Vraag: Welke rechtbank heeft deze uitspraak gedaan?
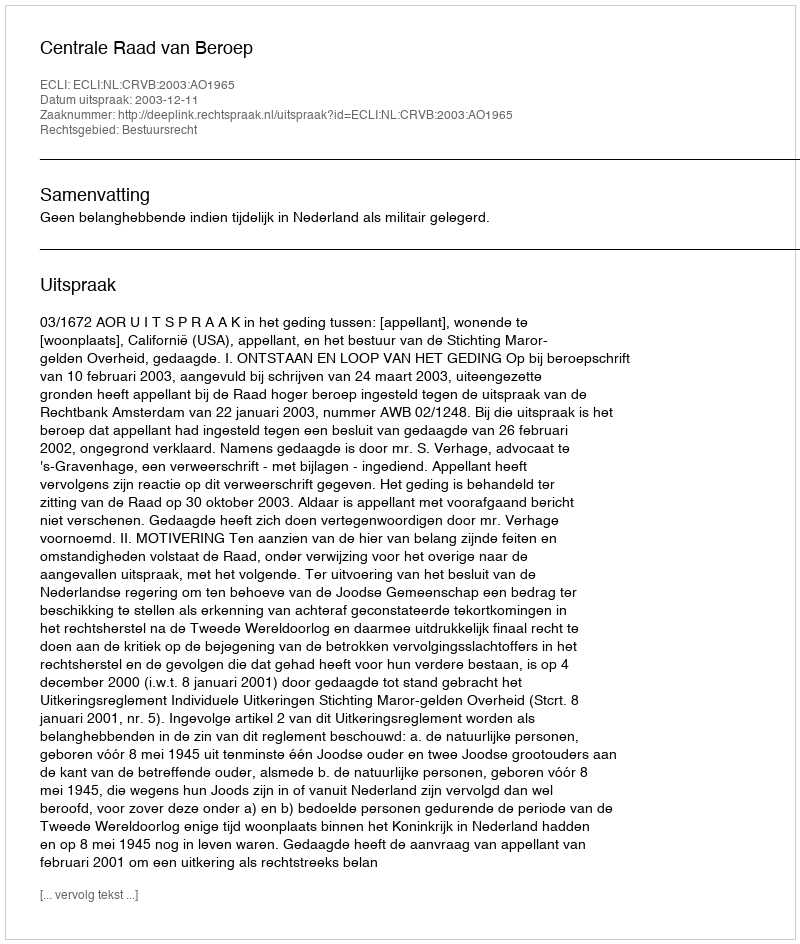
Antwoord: Centrale Raad van Beroep